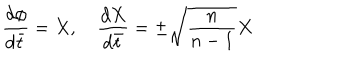
LaTeX: \frac { d \phi } { d \bar { t } } = X , \quad \frac { d X } { d \bar { t } } = \pm \sqrt { \frac n { n - 1 } } X